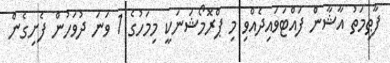
ފާޠިމަތު އާޝާން ފައްޓަވައިދެއްވި މި ޕްރޮމޯޝަނަކީ މިމަހުގެ 1 ވަނަ ދުވަހުން ފެށިގެން